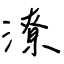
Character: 潦